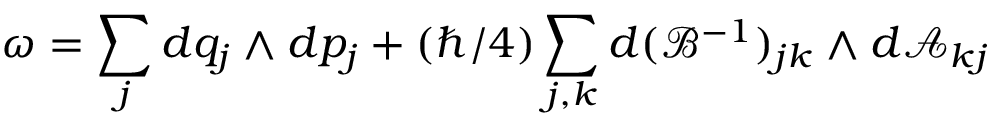
\omega = \sum _ { j } d q _ { j } \wedge d p _ { j } + ( \hbar / 4 ) \sum _ { j , k } d ( \mathcal { B } ^ { - 1 } ) _ { j k } \wedge d \mathcal { A } _ { k j }